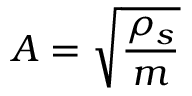
A = \sqrt { \frac { \rho _ { s } } { m } }